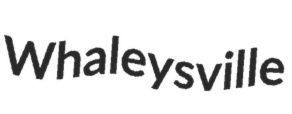
Whaleysville